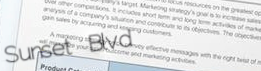
Sunset Blvd